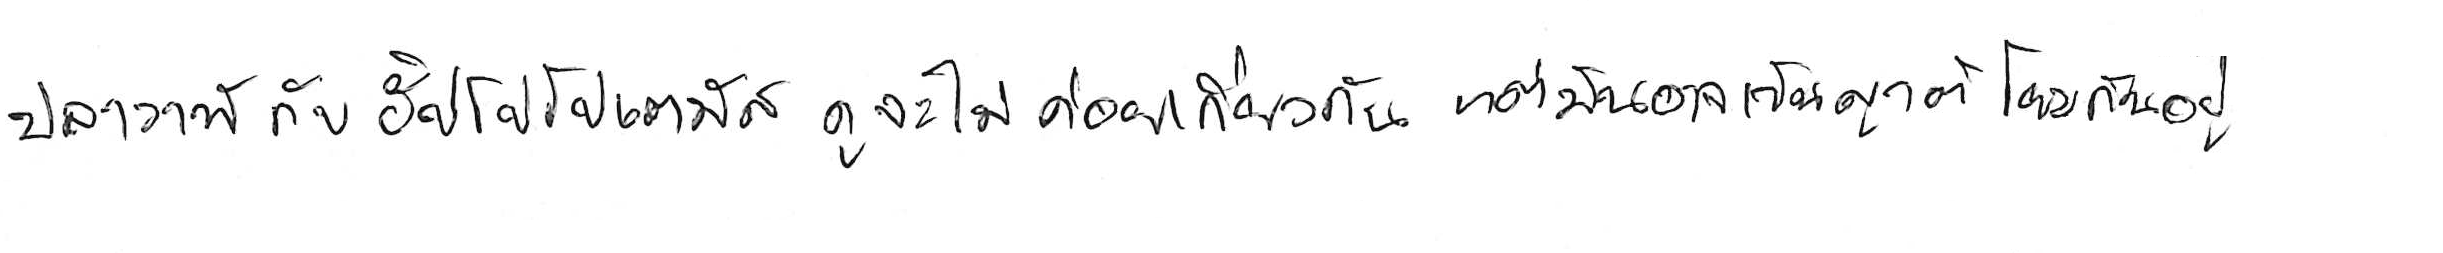
ปลาวาฬ กับ ฮิปโปโปเตมัส ดูจะไม่ค่อยเกี่ยวกัน แต่มันอาจเป็นญาติโยมกันอยู่